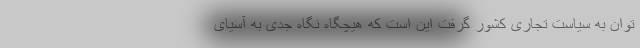
توان به سیاست تجاری کشور گرفت این است که هیچگاه نگاه جدی به آسیای